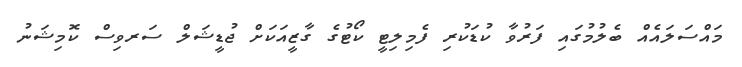
މައްސަލައެއް ބެލުމުގައި ފަރުވާ ކުޑަކުރި ފެމިލިޓީ ކޯޓުގެ ގާޒީއަކަށް ޖުޑީޝަލް ސަރވިސް ކޮމިޝަނު